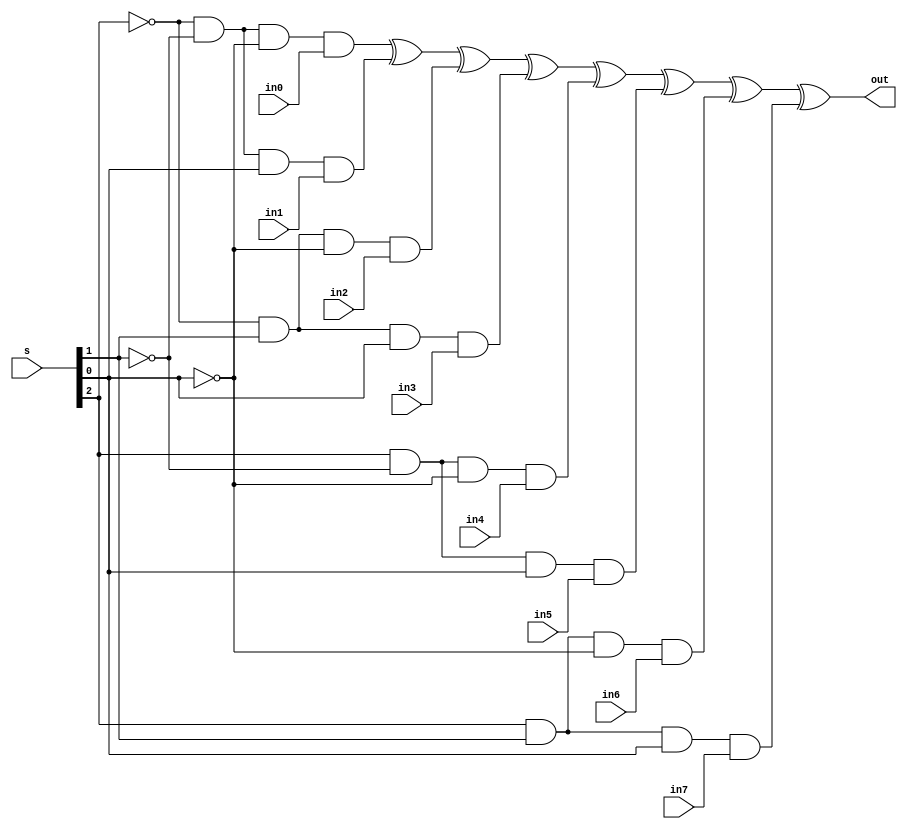
module mux_8to1(in0,in1,in2,in3,in4,in5,in6,in7,s,out);
   input in0,in1,in2,in3,in4,in5,in6,in7;
   input [2:0] s;
   output      out;
   wire        y0,y1,y2,y3,y4,y5,y6,y7;


   assign y0=~s[2]&~s[1]&~s[0]&in0;
   assign y1=~s[2]&~s[1]&s[0]&in1;
   assign y2=~s[2]&s[1]&~s[0]&in2;
   assign y3=~s[2]&s[1]&s[0]&in3;
   assign y4=s[2]&~s[1]&~s[0]&in4;
   assign y5=s[2]&~s[1]&s[0]&in5;
   assign y6=s[2]&s[1]&~s[0]&in6;
   assign y7=s[2]&s[1]&s[0]&in7;
   

   assign out=y0^y1^y2^y3^y4^y5^y6^y7;

endmodule // mux_8to1